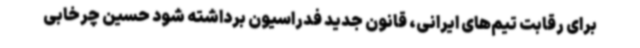
برای رقابت تیم‌های ایرانی، قانون جدید فدراسیون برداشته شود حسین چرخابی